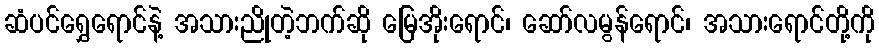
ဆံပင်ရွှေရောင်နဲ့ အသားညိုတဲ့ဘက်ဆို မြေအိုးရောင်၊ ဆော်လမွန်ရောင်၊ အသားရောင်တို့ကို